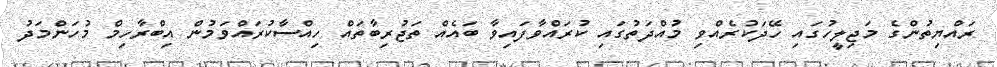
ރައްޔިތުންގެ މަޖިލީހުގައި ހޭދަކުރެއްވި މުއްދަތުގައި ކުރައްވާފައިވާ ބައެއް ތަޖުރިބާތައް ހިއްސާކުރައްވަމުން އިބްރާހިމް މުހަންމަދު